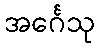
အင်္ဂေသု